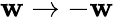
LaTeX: \mathbf{w}\rightarrow-\mathbf{w}